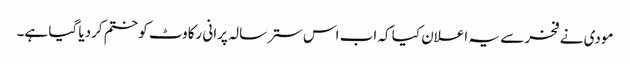
مودی نے فخر سے یہ اعلان کیا کہ اب اس ستر سالہ پرانی رکاوٹ کو ختم کردیا گیا ہے۔